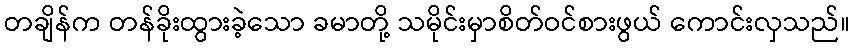
တချိန်က တန်ခိုးထွားခဲ့သော ခမာတို့ သမိုင်းမှာစိတ်ဝင်စားဖွယ် ကောင်းလှသည်။